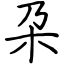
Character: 朶